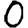
Digit: 0